Report on lock hospitals in British Burma
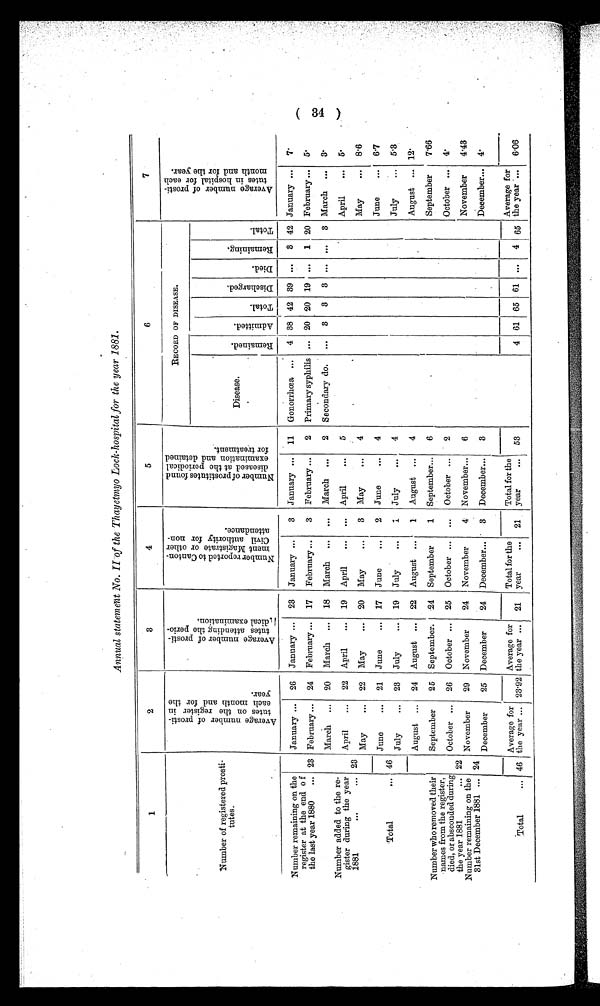
Annual statement No. II of the Thayetmyo Lock-hospital for the year 1881.
1
2
3
4
—
5
6
7
Number of registered prosti
tutes.
A v e r a g e n u m b e r o f p r o s t i - t u t e s o n t h e r e g i s t e r i n e a c h m o n t h a n d f o r t h e y e a r .
A v e r a g e n u m b e r o f p r o s t i - t u t e s a t t e n d i n g t h e p e r i o - d i c a l e x a m i n a t i o n s .
N u m b e r r e p o r t e d t o C a n t o n - m e n t M a g i s t r a t e o r o t h e r C i v i l a u t h o r i t y f o r n o n - a t t e n d a n c e .
N u m b e r o f p r o s t i t u t e s f o u n d d i s e a s e s a t t h e p e r i o d i c a l e x a m i n a t i o n a n d d e t a i n e d f o r t r e a t m e n t .
RECORD OF DISEASE.
A v e r a g e n u m b e r o f p r o s t i - t u t e s i n h o s p i t a l f o r e a c h m o n t h a n d f o r t h e y e a r .
D i s e a s e .
R e m a i n e d . A d m i t t e d .
T o t a l .
D i s c h a r g e d .
D i e d .
R e m a i n i n g .
T o t a l .
Number remaining on the
register at the end o f
the last year 1880
... 23
23
January ... 26 January ... 23 January ...
3 January ... 11 Gonorrhœa
4 38 42 39 .... 3 42 January ...
7 .
February ... 24 February ... 17 February ...
3 February ...
2 Primary syphilis
20 20 19 ...
1 20 February ... 5.
March ... 20 March ... 18 March ... ... March ...
2 Secondary do.
...
3 3 3 ... ...
3 March ... 3.
Number added to the re-
gister during the year
1881
...
. . .
April
... 22 April
... 19 Apri l ...
. . . April
... 5
.
April
... 5.
May
... 22 May
... 20 May
...
3 May
...
4
May
... 8.6
Total
... 46
June
... 21 June
... 17 June
... 2 June
...
4
June
... 6.7
July
5.3
July
... 23 July
... 19 July
...
1 July
4
Number who removed their
names from the register,
died, or absconded during
the year 1881
...
Number remaining on the
31st December 1881 ...
22
24
August ... 24 August ... 22 August ...
1 August ...
4
' August .... 12.
September
25 September. .24 September
1 September...
6
September
7.66
October ... 26 October ... 25 October ... ... October ...
2
October ... 4.
November
29 November
24 November
4 November...
6
November
4.43
December
25 December
24 December...
3 December...
3
December... 4.
Total
... 46
Average for
the year ... 2392
Average for
the year ... 21
Total for the
year
... 21
Total for the
year
... 53
4 61 65 61 ...
4 65
Average for
the year ... 6.06
( 34 )